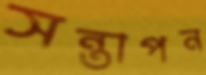
সন্তাপন